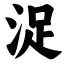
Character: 浞